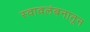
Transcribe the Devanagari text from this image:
स्वावलंबनातून